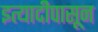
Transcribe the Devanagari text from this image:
इत्यादीपासून